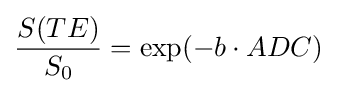
{\frac {S(TE)}{S_{0}}}=\exp(-b\cdot ADC)